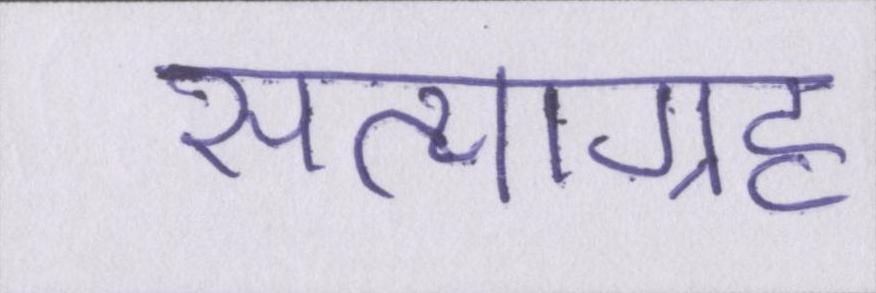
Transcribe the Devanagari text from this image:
सत्याग्रह